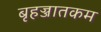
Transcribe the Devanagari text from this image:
बृहज्जातकम